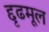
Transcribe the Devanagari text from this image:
द्दृढमूल